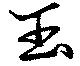
玉